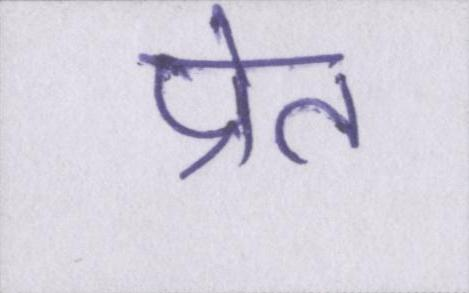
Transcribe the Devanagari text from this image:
प्रेत